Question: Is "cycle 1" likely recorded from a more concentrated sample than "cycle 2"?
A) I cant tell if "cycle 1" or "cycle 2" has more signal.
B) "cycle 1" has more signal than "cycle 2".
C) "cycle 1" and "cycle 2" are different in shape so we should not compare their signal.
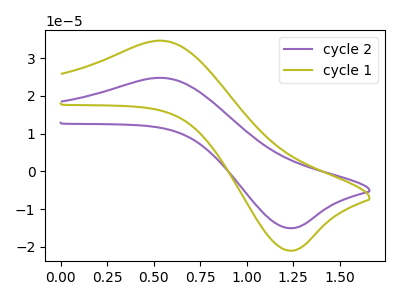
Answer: <think>The purple curve "cycle 2" has an anodic peak at (0.55V, 24.80uA) and a cathodic peak at (1.25V, -15.00uA). The olive curve "cycle 1" has an anodic peak at (0.55V, 34.60uA) and a cathodic peak at (1.25V, -20.95uA).
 All the peaks in "cycle 1" have a peak in "cycle 2" at the same potential. Every peak in "cycle 1" is higher than every peak in "cycle 2".</think>
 <answer>B) "cycle 1" has more signal than "cycle 2".</answer>
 <eval>B</eval>